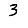
Digit: 3